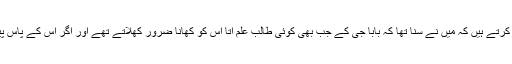
حافظ عتیق الرحمن آف منڈی واربرٹن بیان کرتے ہیں کہ میں نے سنا تھا کہ بابا جی کے جب بھی کوئی طالب علم آتا اس کو کھانا ضرور کھلاتے تھے اور اگر اس کے پاس پیسے نہ ہوتے تو اس کو پیسے بھی دیتے ۔